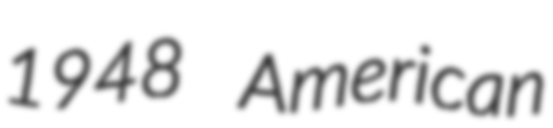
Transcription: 1948 American